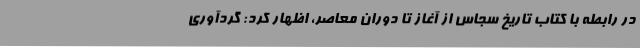
در رابطه با کتاب تاریخ سجاس از آغاز تا دوران معاصر، اظهار کرد: گردآوری